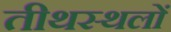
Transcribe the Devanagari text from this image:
तीथस्थलों